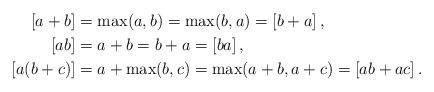
LaTeX: \begin{align*}\left[a+b\right]&=\max(a,b)=\max(b,a)=\left[b+a\right],\\\left[ab\right]&=a+b=b+a=\left[ba\right],\\\left[a(b+c)\right]&=a+\max(b,c)=\max(a+b,a+c)=\left[ab+ac\right].\end{align*}